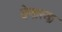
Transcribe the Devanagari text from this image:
येणारया